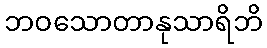
ဘဝသောတာနုသာရိဘိ